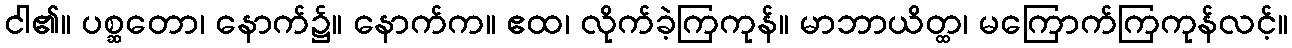
ငါ၏။ ပစ္ဆတော၊ နောက်၌။ နောက်က။ ဧထ၊ လိုက်ခဲ့ကြကုန်။ မာဘာယိတ္ထ၊ မကြောက်ကြကုန်လင့်။